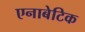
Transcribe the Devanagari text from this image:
एनाबेटिक